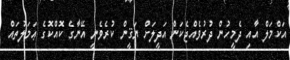
އަކްމަލް އާއި ދެމީހުން ދުރުވެއްޖެކަން އަދީލަށް ޔަޤީން ކުރެވެނީ އޭނާގެ ކޮއްކޮގެ ޢަމަލުތައް